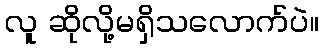
လူ ဆိုလို့မရှိသလောက်ပဲ။